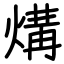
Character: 煹